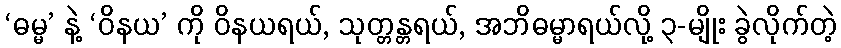
‘ဓမ္မ’ နဲ့ ‘ဝိနယ’ ကို ဝိနယရယ်, သုတ္တန္တရယ်, အဘိဓမ္မာရယ်လို့ ၃-မျိုး ခွဲလိုက်တဲ့